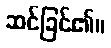
ဆင်ခြင်၏။